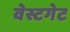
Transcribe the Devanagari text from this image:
वेस्टगेट